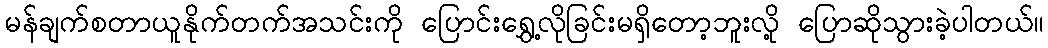
မန်ချက်စတာယူနိုက်တက်အသင်းကို ပြောင်းရွှေ့လိုခြင်းမရှိတော့ဘူးလို့ ပြောဆိုသွားခဲ့ပါတယ်။